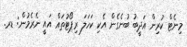
މިނެޓް ކުރިން އަދީބު ބުނެގެން އެކި ކަހަލަ ރިޕޯޓުތައް އައީ ނެރެމުން: ޑރ.